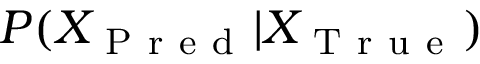
P ( X _ { \mathrm { ~ P ~ r ~ e ~ d ~ } } | X _ { \mathrm { ~ T ~ r ~ u ~ e ~ } } )